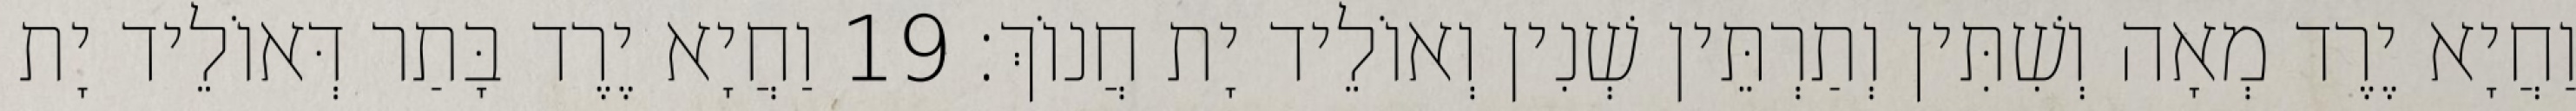
וַחֲיָא יֶרֶד מְאָה וְשִׁתִּין וְתַרְתֵּין שְׁנִין וְאוֹלֵיד יָת חֲנוֹךְ׃ 19 וַחֲיָא יֶרֶד בָּתַר דְּאוֹלֵיד יָת